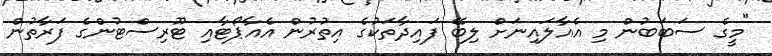
"މީގެ ސަބަބުން މި އެއާލައިނަށް ލިބޭ ފައިދާތަކުގެ އިތުރުން އެއާޕޯޓާއި ޓޫރިސްޓުންގެ ފަރާތުން